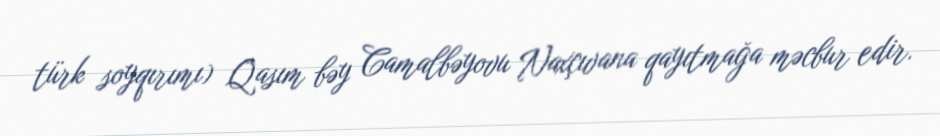
türk soyqırımı) Qasım bəy Camalbəyovu Naxçıvana qayıtmağa məcbur edir.